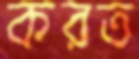
করত